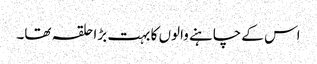
اس کے چاہنے والوں کا بہت بڑا حلقہ تھا۔